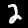
Digit: 2